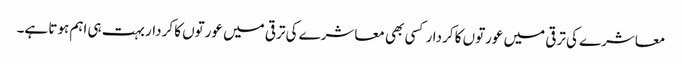
معاشرے کی ترقی میں عورتوں کا کردار کسی بھی معاشرے کی ترقی میں عورتوں کا کردار بہت ہی اہم ہوتا ہے۔